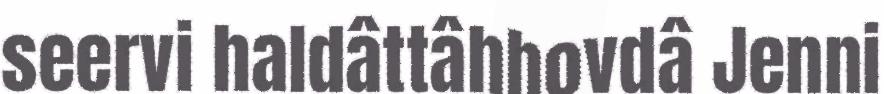
seervi haldâttâhhovdâ Jenni